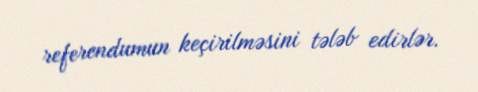
referendumun keçirilməsini tələb edirlər.